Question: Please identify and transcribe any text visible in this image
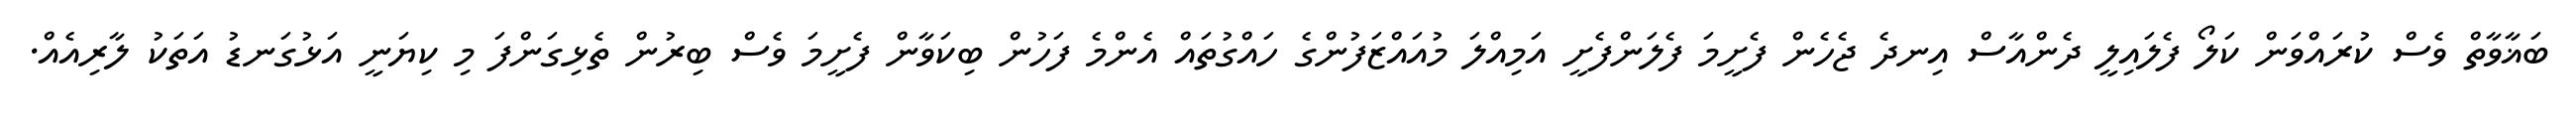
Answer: ބަޣާވާތް ވެސް ކުރައްވަން ކަލޯ ފެލައިލީ ދެންއާސް އިނދެ ޖެހެން ފެށީމަ ފެލަންފެށީ އަމިއްލަ މުއައްޒަފުންގެ ހައްގުތައް އެންމެ ފަހުން ބިކަވާން ފެށީމަ ވެސް ބިރުން ތެޅިގަންފަ މި ކިޔަނީ އަޅުގަނޑު އަތަކު ލާރިއެއް.